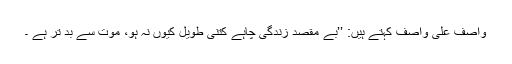
واصف علی واصف کہتے ہیں: ’’بے مقصد زندگی چاہے کتنی طویل کیوں نہ ہو، موت سے بد تر ہے ۔